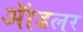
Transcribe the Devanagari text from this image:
ॲाडलर